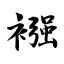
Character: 襁